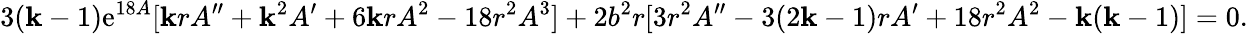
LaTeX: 3(\mathbf{k}-1)\mathrm{{e}}^{18A}[\mathbf{k}rA^{\prime\prime}+\mathbf{k}^{2}A^{\prime}+6\mathbf{k}rA^{2}-18r^{2}A^{3}]+2b^{2}r[3r^{2}A^{\prime\prime}-3(2\mathbf{k}-1)rA^{\prime}+18r^{2}A^{2}-\mathbf{k}(\mathbf{k}-1)]=0.